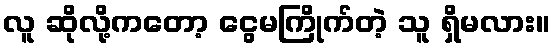
လူ ဆိုလို့ကတော့ ငွေမကြိုက်တဲ့ သူ ရှိမလား။